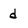
Character: d